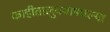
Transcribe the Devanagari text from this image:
काहीतालुक्यामधल्या